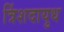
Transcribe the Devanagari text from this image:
त्रिंशदायुध